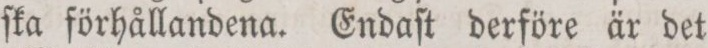
ſka förhållandena. Endaſt derföre är det